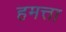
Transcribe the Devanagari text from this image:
हमत्ता